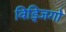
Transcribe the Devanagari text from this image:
विड्जिगो